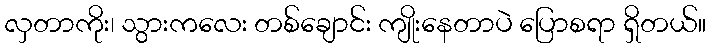
လှတာကိုး၊ သွားကလေး တစ်ချောင်း ကျိုးနေတာပဲ ပြောစရာ ရှိတယ်။